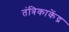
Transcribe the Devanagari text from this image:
तंत्रिकाकेंद्र